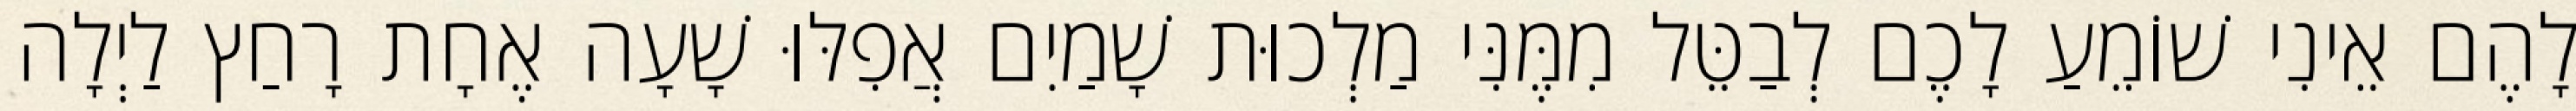
לָהֶם אֵינִי שׁוֹמֵעַ לָכֶם לְבַטֵּל מִמֶּנִּי מַלְכוּת שָׁמַיִם אֲפִלּוּ שָׁעָה אֶחָת רָחַץ לַיְלָה